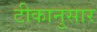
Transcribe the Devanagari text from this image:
टीकानुसार